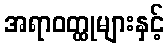
အရာဝတ္ထုများနှင့်